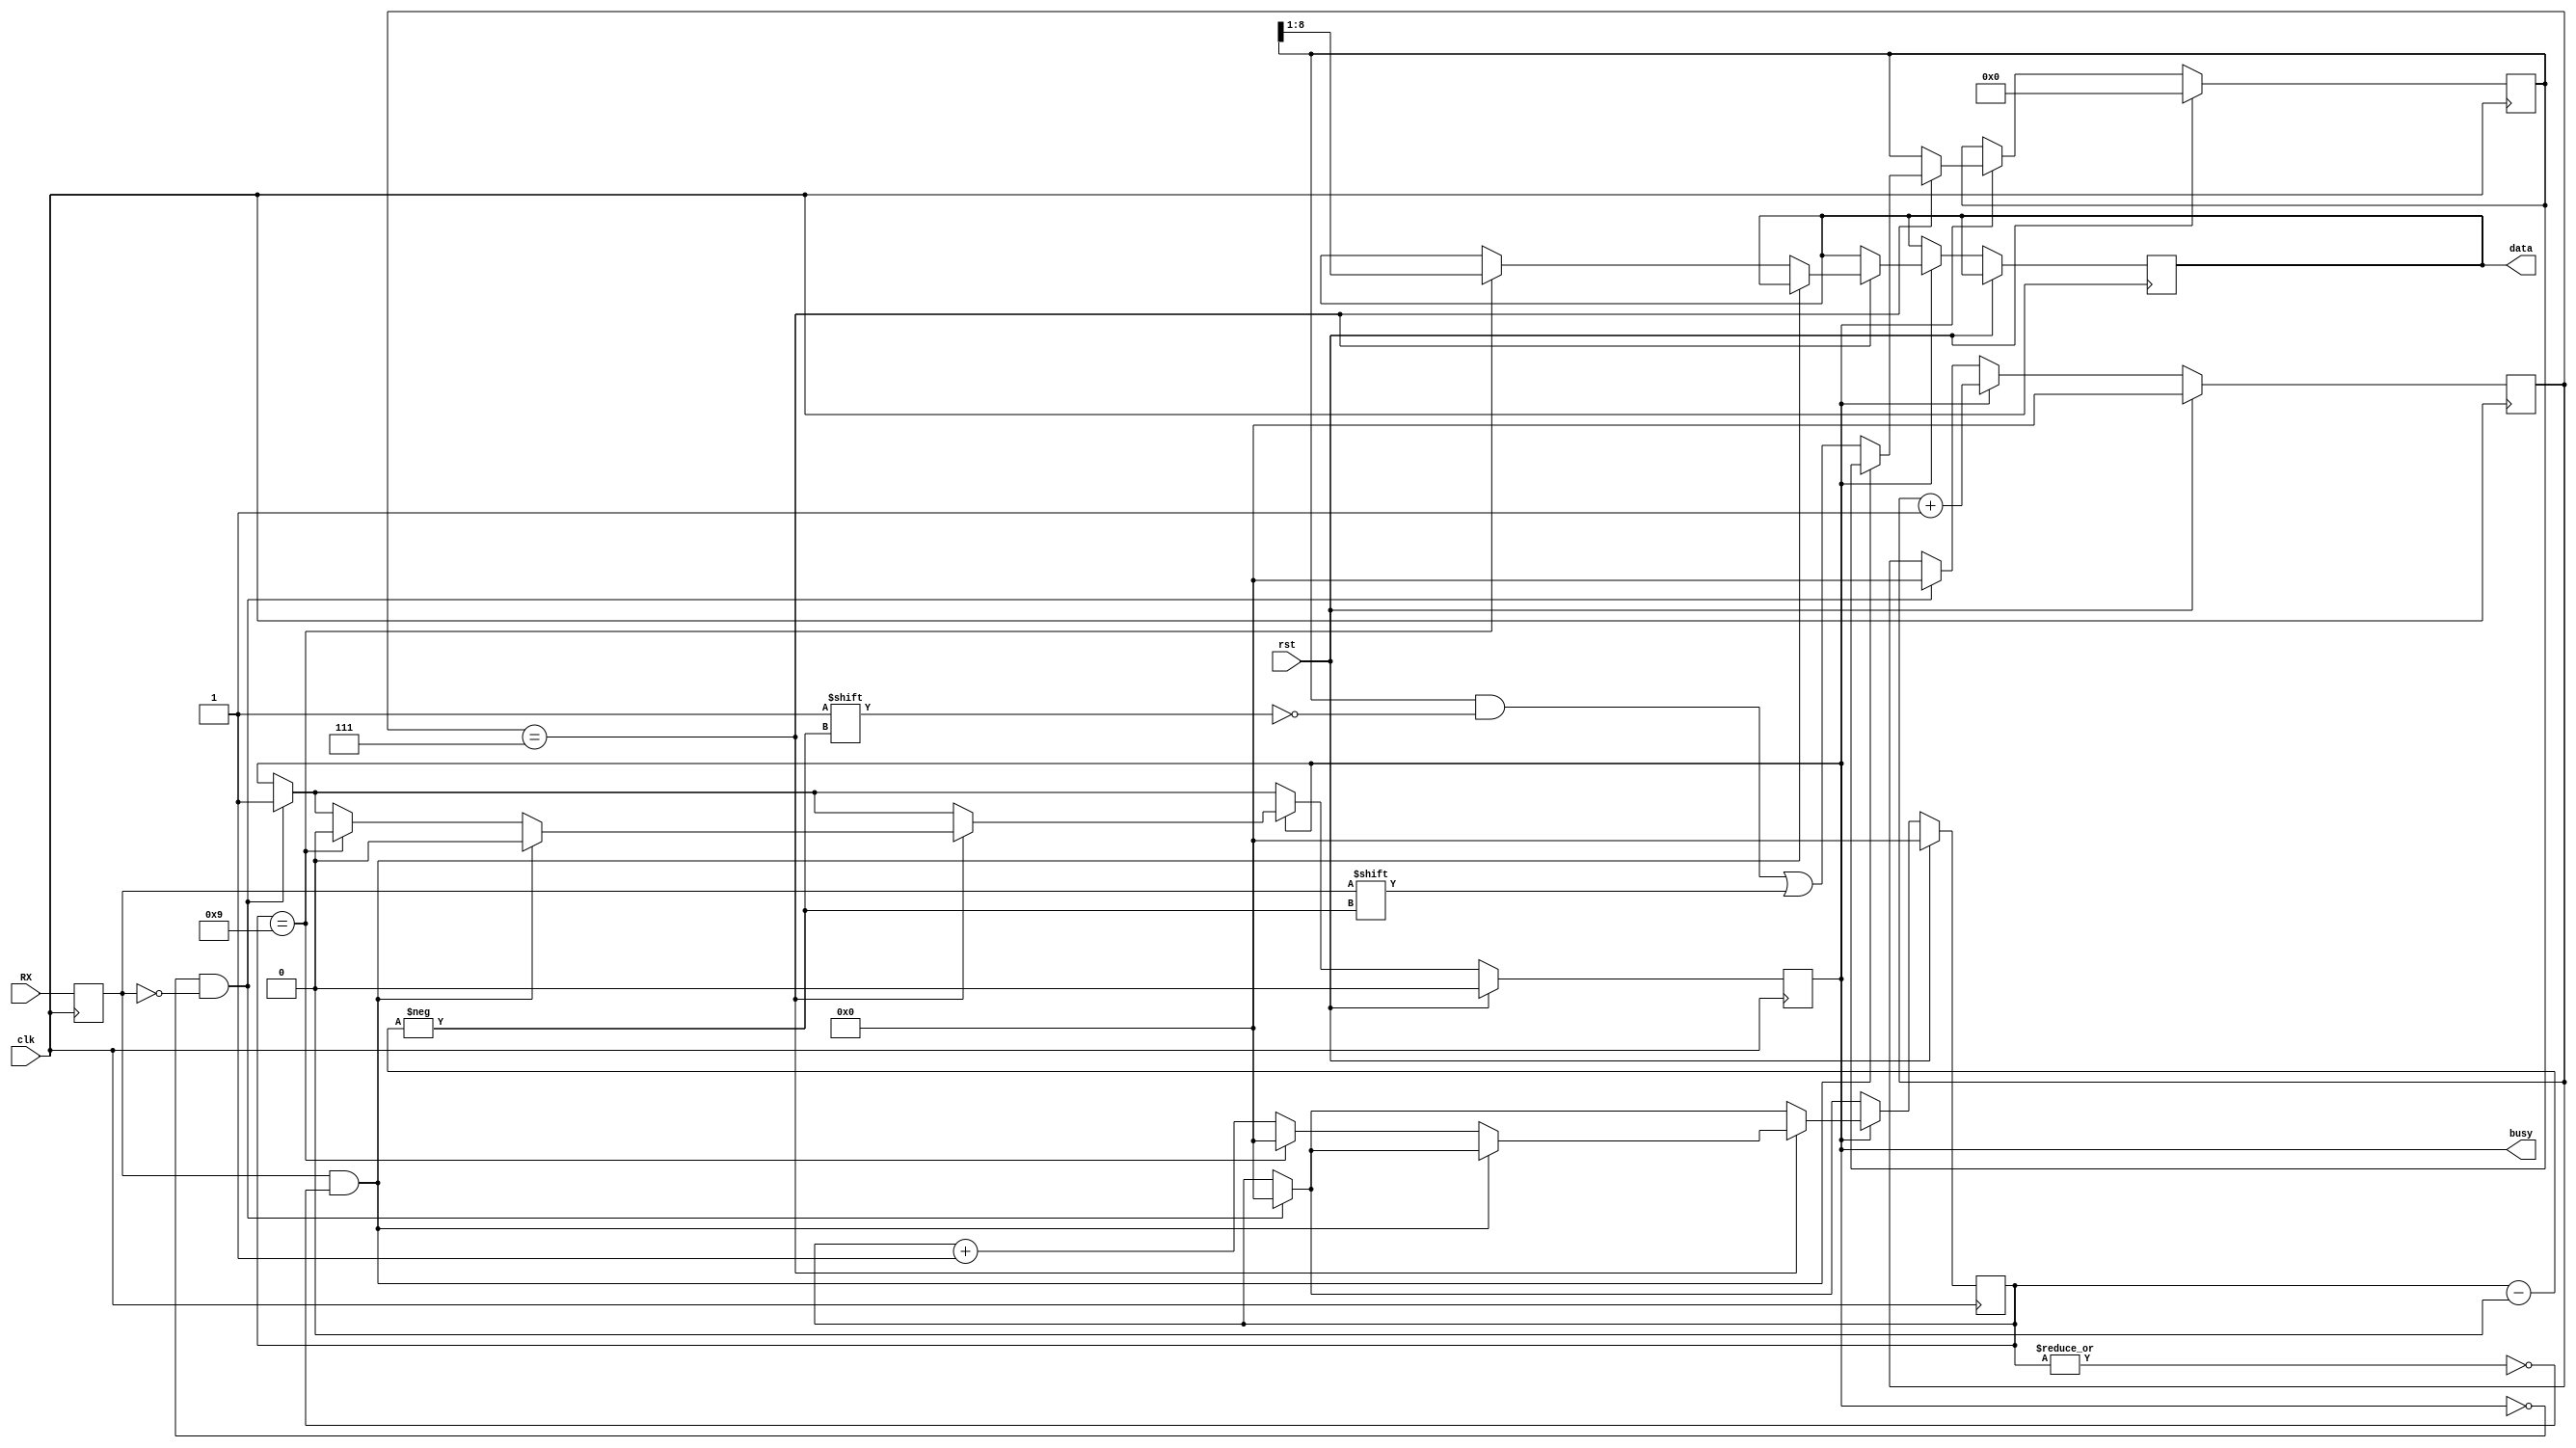
module UART_RX (
  input clk,            // 16 * baudrate
  input rst,            // enable receiver
  input RX,             // UART receive line
  output reg busy,      // high when receiving
  output reg [7:0] data // received data
);

reg RX_d;
reg [9:0] datafill;
reg [3:0] index;
reg [3:0] sampler;

always @(posedge clk) begin
  RX_d <= RX;
  if (rst) begin
    busy <= 1'b0;
    datafill <= 10'b0;
    index <= 4'b0;
    sampler <= 4'b0;
  end else begin
    if (~busy & ~RX_d) begin
      busy <= 1'b1;
      sampler <= 4'b0;
      index <= 4'b0;
    end
    if (busy) begin
      sampler <= sampler + 1'b1;
      if (sampler == 4'd7) begin
        if (RX_d & ~|index) 
          busy <= 1'b0;
        else begin
          index <= index + 1'b1;
          datafill[index] <= RX_d;
          if (index == 9) begin
            data <= datafill[8:1];
            index <= 4'b0;
            busy <= 1'b0;
          end
        end
      end
    end
  end
end

endmodule